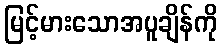
မြင့်မားသောအပူချိန်ကို